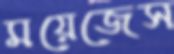
ময়েজেস